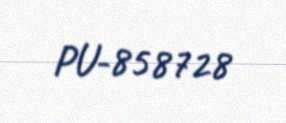
PU-858728